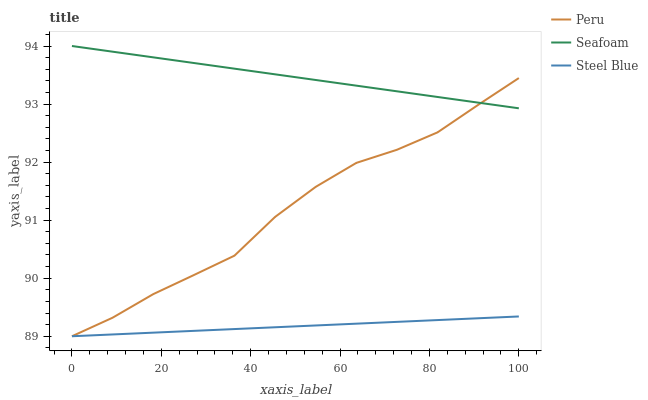
| xaxis_label | Peru | Seafoam | Steel Blue |
 | --- | --- | --- | --- |
 | 0 | 89 | 94 | 89 |
 | 9.09 | 89.3 | 93.9 | 89 |
 | 18.2 | 89.7 | 93.8 | 89.1 |
 | 27.3 | 90.1 | 93.7 | 89.1 |
 | 36.4 | 90.4 | 93.6 | 89.1 |
 | 45.5 | 91.1 | 93.5 | 89.2 |
 | 54.5 | 91.6 | 93.4 | 89.2 |
 | 63.6 | 92 | 93.3 | 89.2 |
 | 72.7 | 92.2 | 93.2 | 89.2 |
 | 81.8 | 92.5 | 93.1 | 89.3 |
 | 90.9 | 93 | 93 | 89.3 |
 | 100 | 93.4 | 92.9 | 89.3 |